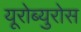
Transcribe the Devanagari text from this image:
यूरोब्युरोस